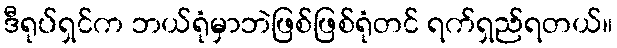
ဒီရုပ်ရှင်က ဘယ်ရုံမှာဘဲဖြစ်ဖြစ်ရုံတင် ရက်ရှည်ရတယ်။